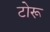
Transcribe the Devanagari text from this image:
टोरू